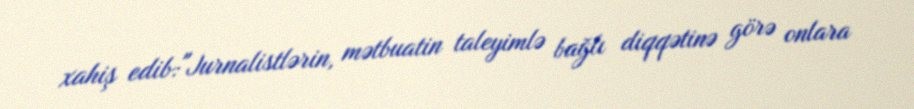
xahiş edib:"Jurnalistlərin, mətbuatin taleyimlə bağlı diqqətinə görə onlara